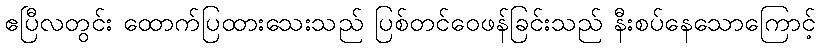
ဧပြီလတွင်း ထောက်ပြထားသေးသည် ပြစ်တင်ဝေဖန်ခြင်းသည် နီးစပ်နေသောကြောင့်